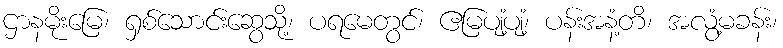
ဌာနမိုးမြေ၊ ရှစ်သောင်းဆွေသို့၊ ပရမေတွင်၊ ဧမြပျံ့ပျံ့၊ ပန်းအနံ့တိ၊ အလွံ့မခန်း၊